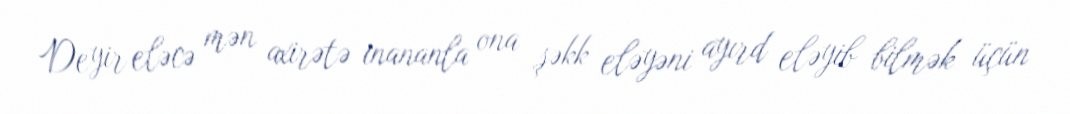
Deyir eləcə mən axirətə inananla ona şəkk eləyəni ayırd eləyib bilmək üçün